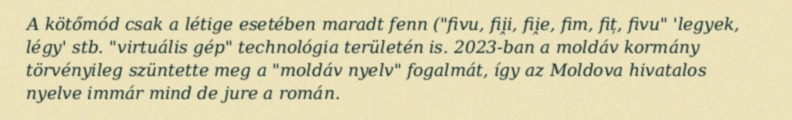
A kötőmód csak a létige esetében maradt fenn ("fivu, fii̭i, fii̭e, fim, fiț, fivu" 'legyek, légy' stb. "virtuális gép" technológia területén is. 2023-ban a moldáv kormány törvényileg szüntette meg a "moldáv nyelv" fogalmát, így az Moldova hivatalos nyelve immár mind de jure a román.